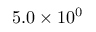
5 . 0 \times 1 0 ^ { 0 }